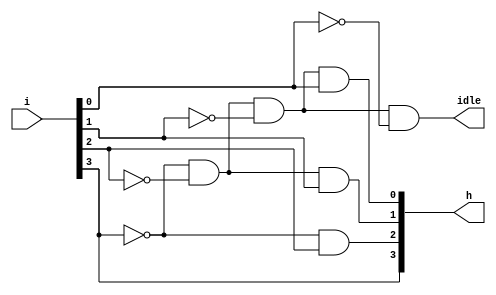
module priority_ckt_4_2(input [3:0]i,output[3:0]h,output idle);

assign h[0] = ~i[3]&~i[2]&~i[1]&i[0];
assign h[1] = ~i[3]&~i[2]&i[1];
assign h[2] = ~i[3]&i[2];
assign h[3] = i[3];
assign idle = ~i[3]&~i[2]&~i[1]&~i[0];

endmodule